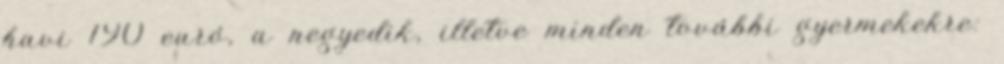
havi 190 euró, a negyedik, illetve minden további gyermekekre: